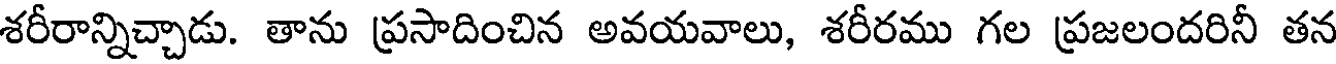
శరీరాన్నిచ్చాడు. తాను ప్రసాదించిన అవయవాలు, శరీరము గల ప్రజలందరినీ తన